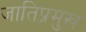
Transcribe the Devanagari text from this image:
जातिप्रमुख